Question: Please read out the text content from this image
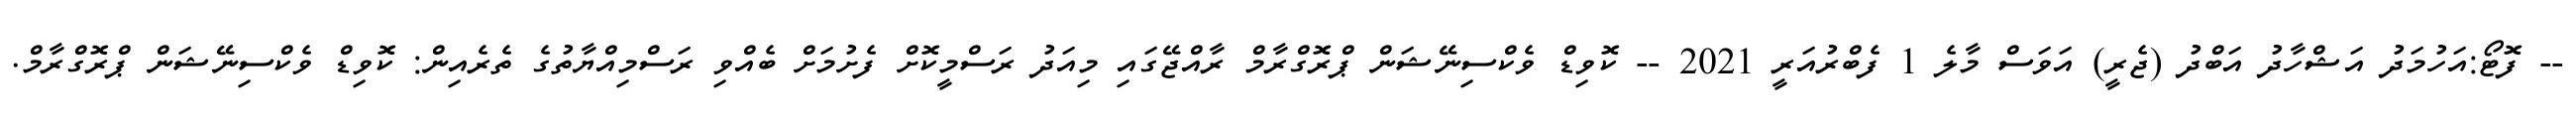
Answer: -- ފޮޓޯ:އަހުމަދު އަޝްހާދު އަބްދު (ޖެރީ) އަވަސް މާލެ 1 ފެބްރުއަރީ 2021 -- ކޮވިޑް ވެކްސިނޭޝަން ޕްރޮގްރާމް ރާއްޖޭގައި މިއަދު ރަސްމީކޮށް ފެށުމަށް ބެއްވި ރަސްމިއްޔާތުގެ ތެރެއިން: ކޮވިޑް ވެކްސިނޭޝަން ޕްރޮގްރާމް.